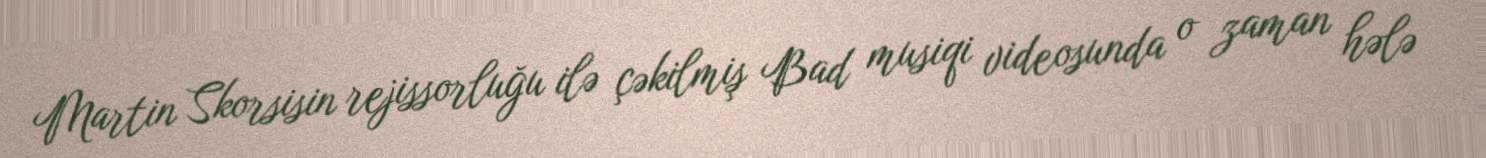
Martin Skorsisin rejissorluğu ilə çəkilmiş Bad musiqi videosunda o zaman hələ